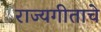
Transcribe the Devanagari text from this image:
राज्यगीताचे